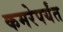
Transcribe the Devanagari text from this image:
कमरेपर्यंत